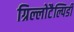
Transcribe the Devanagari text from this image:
ग्रिल्लोटैल्पिडी